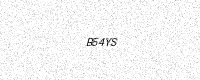
Text: B54YS